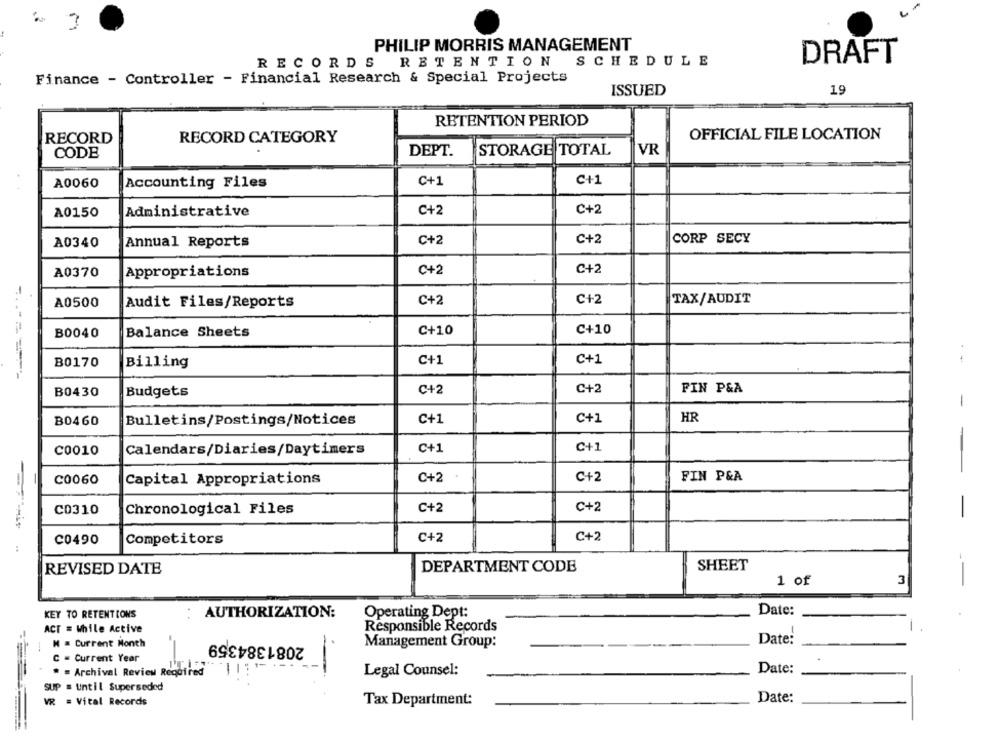
3
PHILIP MORRIS MANAGEMENT
DRAFT
RECORDS RETENTION
SCHEDULE
Finance - Controller - Financial Research & Special Projects
19
ISSUED
RETENTION PERIOD
RECORD
RECORD CATEGORY
OFFICIAL FILE LOCATION
CODE
DEPT.
STORAGE TOTAL
VR
A0060
Accounting Files
C+1
C+1
A0150
Administrative
C+2
C+2
A0340
Annual Reports
C+2
C+2
CORP SECY
A0370
Appropriations
C+2
C+2
A0500
Audit Files/Reports
C+2
C+2
TAX/AUDIT
B0040
Balance Sheets
C+10
C+10
B0170
Billing
C+1
C+1
B0430
Budgets
C+2
C+2
FIN P&A
-
B0460
Bulletins/Postings/Notices
C+1
C+1
HR
C0010
Calendars/Diaries/Daytimers
C+1
C+1
-
C0060
Capital Appropriations
C+2
C+2
FIN P&A
-
C0310
Chronological Files
C+2
C+2
C0490
Competitors
C+2
C+2
REVISED DATE
DEPARTMENT CODE
SHEET
1 of
3
KEY TO RETENTIONS
AUTHORIZATION:
Operating Dept:
Date:
ACT = While Active
Responsible Records
2081384359
N = Current Month
Management Group:
Date:
C = Current Year
* = Archival Review Required
-
Legal Counsel:
Date:
SUP = Until Superseded
Date:
VR = Vital Records
Tax Department: